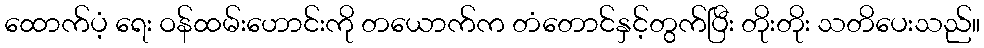
ထောက်ပံ့ ရေး ဝန်ထမ်းဟောင်းကို တယောက်က တံတောင်နှင့်တွက်ပြီး တိုးတိုး သတိပေးသည်။